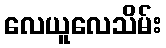
လေယူလေသိမ်း